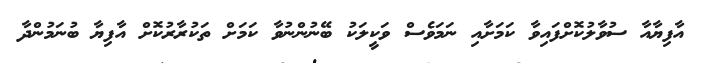
އާފިޔާއާ ސުވާލުކޮށްފައިވާ ކަމަށާއި ނަމަވެސް ވަކީލަކު ބޭނުންނުވާ ކަމަށް ތަކުރާރުކޮށް އާފިޔާ ބުނަމުންދާ